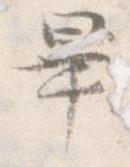
畢